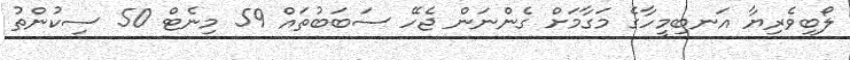
ލޯބިވެރިޔާ އަނބިމީހާގެ މަގާމަށް ގެންނަން ޖެހޭ ސަބަބުތައް 59 މިނެޓް 50 ސިކުންތު